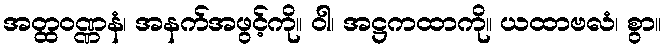
အတ္ထဝဏ္ဏနံ၊ အနက်အဖွင့်ကို။ ဝါ၊ အဋ္ဌကထာကို။ ယထာဗလံ၊ စွာ။